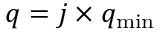
q = j \times q _ { \mathrm { m i n } }